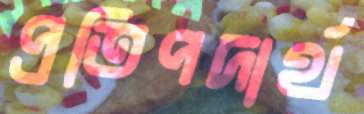
প্রতিপদার্থ